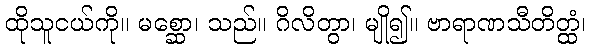
ထိုသူငယ်ကို။ မစ္ဆော၊ သည်။ ဂိလိတွာ၊ မျို၍။ ဗာရာဏသီတိတ္ထံ၊